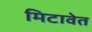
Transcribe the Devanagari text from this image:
मिटावेत